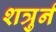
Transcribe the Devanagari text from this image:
शत्रुर्न